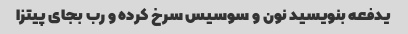
یدفعه بنویسید نون و سوسیس سرخ کرده و رب بجای پیتزا